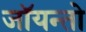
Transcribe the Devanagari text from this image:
जॉयन्तो